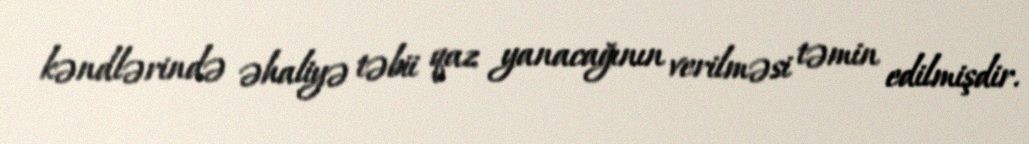
kəndlərində əhaliyə təbii qaz yanacağının verilməsi təmin edilmişdir.